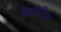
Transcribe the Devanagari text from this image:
प्रेसटेटिन